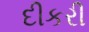
દીકરી